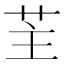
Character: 𦭦